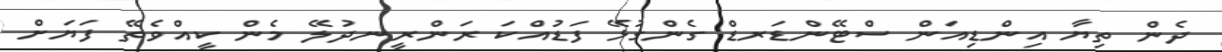
ދެން ތިޔާ އިންޑިއަން ސްޓޭންޑަރޑް ގެންގުޅޭ ފަޑުއްކަ ރަންރީނދުލޭ މެން ކީއްވެތޭ ފަޔަށް